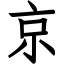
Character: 京